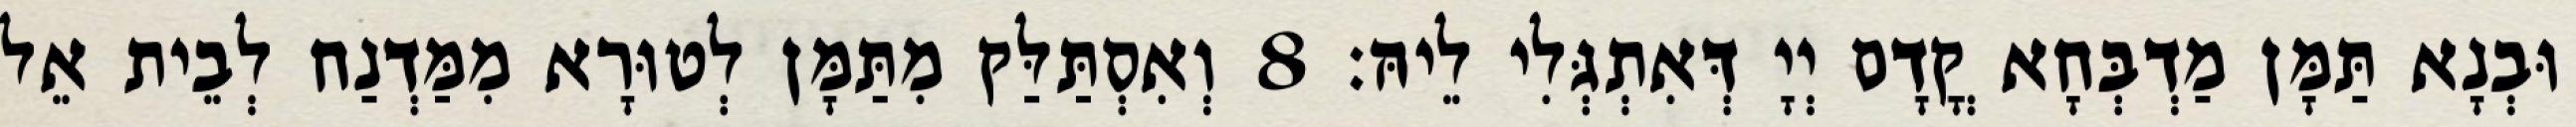
וּבְנָא תַּמָּן מַדְבְּחָא קֳדָם יְיָ דְּאִתְגְּלִי לֵיהּ׃ 8 וְאִסְתַּלַּק מִתַּמָּן לְטוּרָא מִמַּדְנַח לְבֵית אֵל